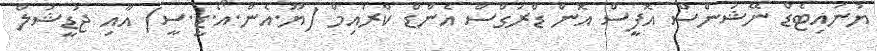
ޔުނައިޓެޑް ނޭޝަންސް އޮފީސް އޮން ޑްރަގްސް އެންޑް ކްރައިމް (ޔޫ.އެން.އޯ.ޑީ.ސީ) އާއި ޖުޑީޝަލް